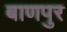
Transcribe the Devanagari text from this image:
बाणपुर